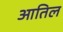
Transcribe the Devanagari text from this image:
आतिल